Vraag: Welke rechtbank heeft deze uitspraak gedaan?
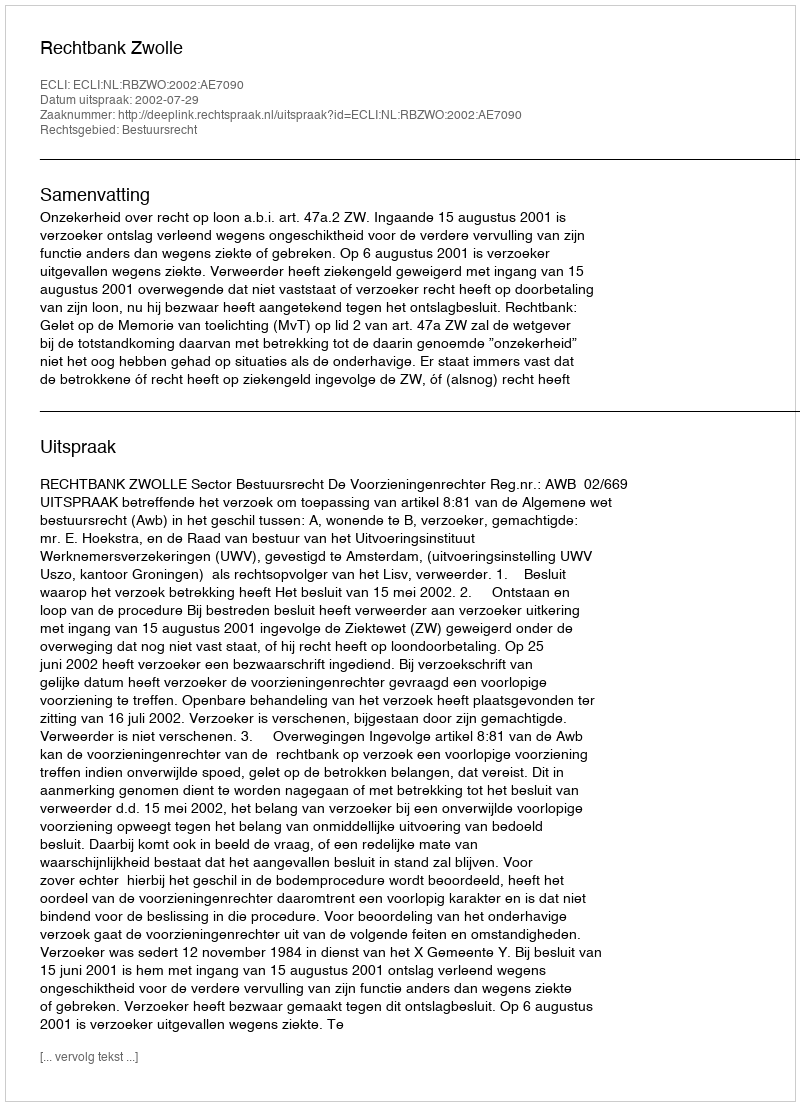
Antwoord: Rechtbank Zwolle